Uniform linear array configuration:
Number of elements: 8
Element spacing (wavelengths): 0.25
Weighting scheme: exponential
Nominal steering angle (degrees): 45
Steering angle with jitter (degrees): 45.053
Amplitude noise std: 0.05
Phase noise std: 0.05

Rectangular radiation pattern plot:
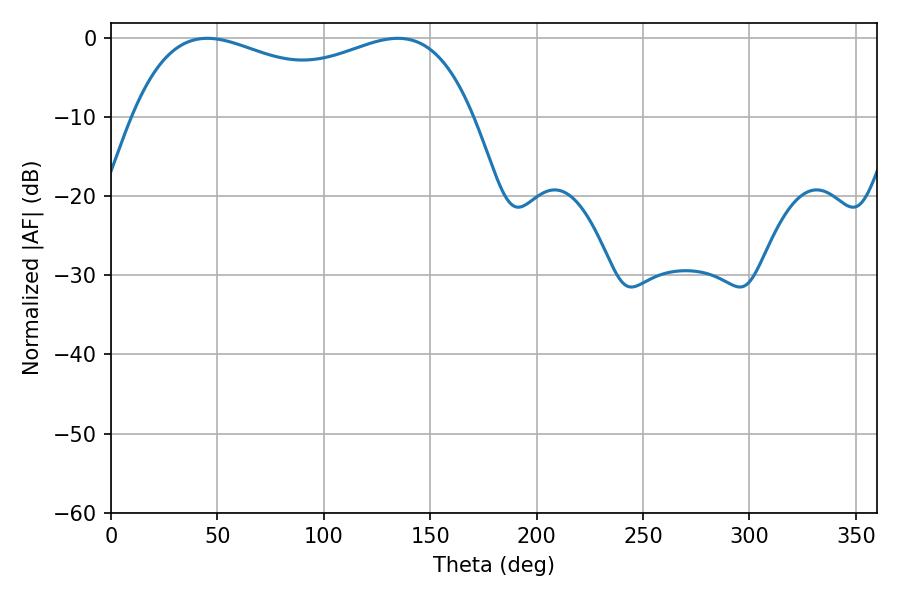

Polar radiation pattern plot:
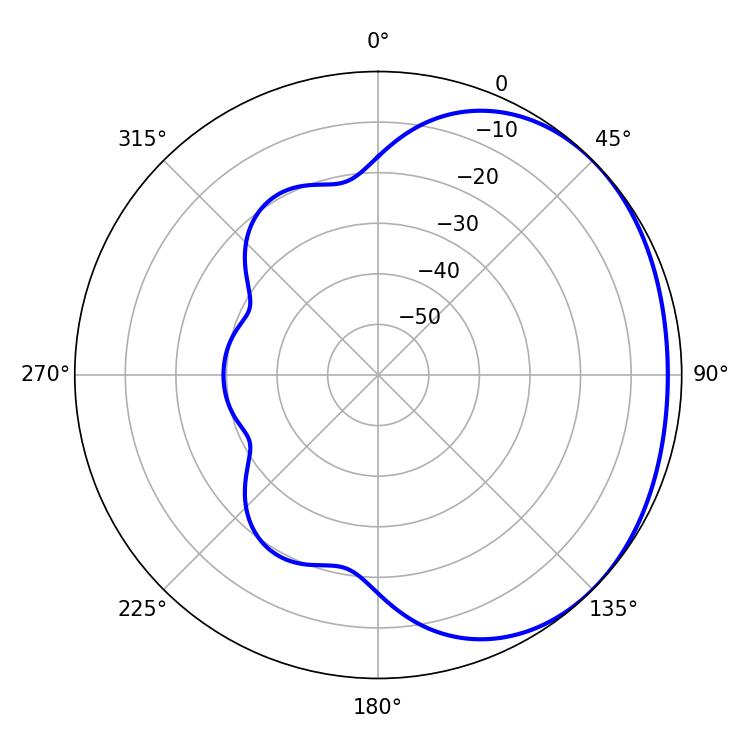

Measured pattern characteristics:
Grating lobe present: FALSE
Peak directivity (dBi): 1.524
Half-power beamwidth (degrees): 132.12
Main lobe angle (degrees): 45.18